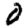
Digit: 0